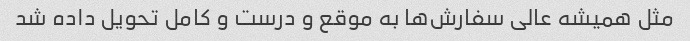
مثل همیشه عالی سفارش‌ها به موقع و درست و کامل تحویل داده شد